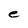
Character: e